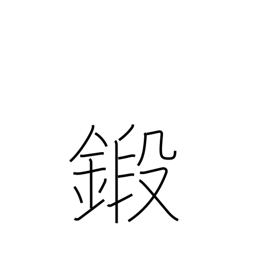
Meaning: train